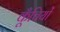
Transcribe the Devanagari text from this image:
कूँचियों